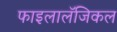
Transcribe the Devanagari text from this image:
फाइलालॅजिकल